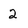
Character: 2